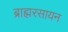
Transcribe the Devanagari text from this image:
ब्राह्मरसायन